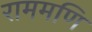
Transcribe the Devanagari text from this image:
राममणि